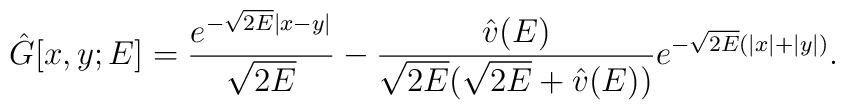
\hat{G}[x, y; E] = \frac{e^{-\sqrt{2E} |x - y|}}{\sqrt{2E}} - \frac{\hat{v}(E)}{\sqrt{2E} ( \sqrt{2E} + \hat{v}(E) )}e^{-\sqrt{2E} (|x| + |y|)}.